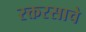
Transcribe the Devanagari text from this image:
रक्तरसाचे